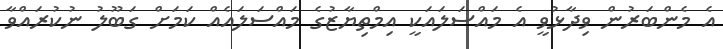
އެ މެންބަރުން ވިދާޅުވީ އެ މައްސަލައަކީ އިމްތިޔާޒުގެ މައްސަލައެއް ކަމަށް ގަބޫލު ނުކުރައްވާ